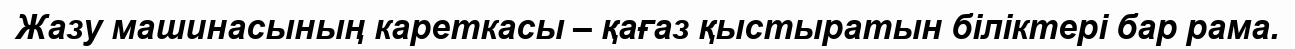
Жазу машинасының кареткасы – қағаз қыстыратын біліктері бар рама.